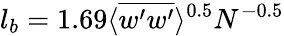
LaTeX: l_{b}=1.69\langle\overline{{w^{\prime}w^{\prime}}}\rangle^{0.5}N^{-0.5}